Annual report of the Bengal Veterinary College and of the Civil Veterinary Department, Bengal, for the year 1915-16 - 1915-1916
Year: 1915
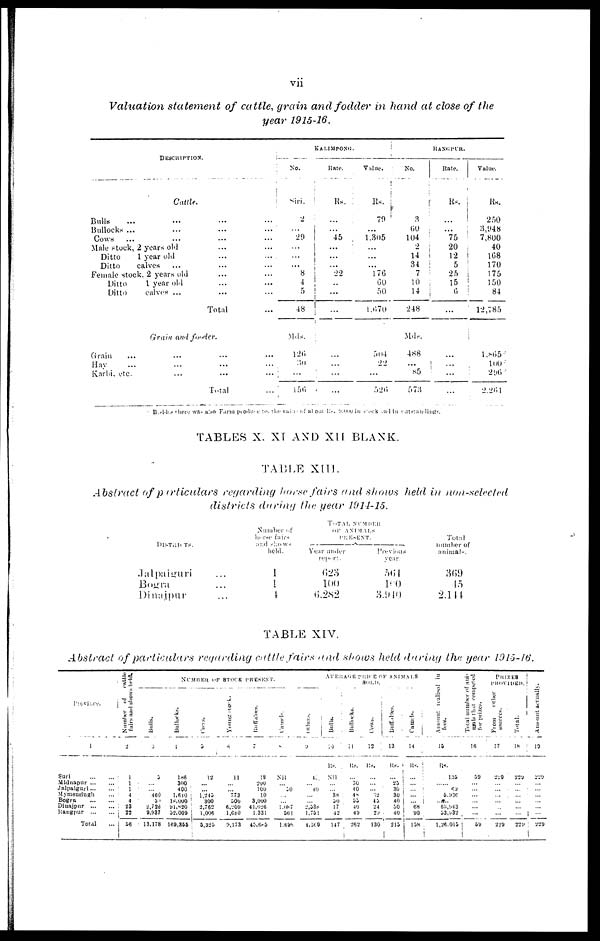
vii
Valuation statement of cattle, grain and fodder in hand at close of the
year 1915-16.
DESCRIPTION
Catlle.
Bulls ...
...
...
...
Bullocks ...
...
...
...
Cows ...
...
...
...
Male stock, 2 years old
...
...
Ditto
1 year old
...
...
Ditto
calves ...
...
...
Female stock. 2 years old
...
...
Ditto
1 year old
...
...
Ditto
calves ...
...
...
Total
...
Grain and fooder.
Grain ...
...
...
...
Hay ...
...
...
...
Karbi, etc.
...
...
...
Total
...
KALIMPONG.
No.
Siri.
2
...
29
...
...
...
8
4
5
48
Mds.
126
30
...
156
Rate.
Rs.
...
...
45
...
...
...
22
..
...
...
...
...
...
...
Value.
Rs.
79
...
1,305
...
...
...
176
60
50
1,670
504
22
...
526
RANGPUR.
No.
3
60
104
2
14
31
7
10
14
248
Mds.
488
...
85
573
Rate.
lis.
...
...
75
20
12
5
25
15
6
...
...
...
...
...
Value.
Rs.
250
3,948
7,800
40
168
170
175
150
84
12,785
1,865
100
296
2,261
Besides there was also Farm produce to, the value of al out Rs. 9,000 in stock and in eatstandings.
TABLES X. XT AND XII BLANK.
TABLE XIII.
Abstract of particulars regarding horse fairs and shows held in non-selected
districts during the year 1914-15.
DISTRICTS.
Jalpaiguri ...
Bogra ...
Dinajpur ...
Number of
horse fairs
and shows
held.
1
1
1
TOTAL NUMBER
OF ANIMALS
PRESENT.
Year under
report.
623
100
6,282
Previous
year.
564
100
3,940
Total
number of
animals.
369
45
2,144
TABLE XIV.
Abstract of particulars regarding cattle fairs and shows held during the year 1915-16.
Province.
1
Suri
...
...
Midnapur
...
...
Jalpaiguri ... ...
Mymensingh ...
Bogra
...
...
Diuajpnr
...
...
Rangpur
...
...
Total ...
Number
of cattle
fairs aad shows held.
2
1
1
1
4
4
23
22
56
NUMBER OF STOCK PRESENT.
Bulls.
3
5
...
... 460
5
2,726
9,937
13.178
Bullocks.
4
186
300
400
1,640
18,000
91,820
52,009
169,355
Cows.
5
12
...
...
1,245
300
2,762
1,006
5,325
Young stock.
6
11
...
... 773
500
6,209
1,680
9,173
Buffaines.
7
18
200
100
10
3,000
41,926
1,331
45,685
Camels.
8
Nil
... 50
...
... 1,087
561
1,698
Other
9
40
... 40
...
...
2,538
1,751
4,369
AVERAGE PRICE OF ANIMALS
SOLD.
Bulls.
10
Rs.
...
...
... 38
50
17
12
147
Bullocks.
11
Rs.
...
30
40
48
55
40
49
262
Cows.
12
Rs.
...
...
... 32
45
24
20
130
Buffaloes.
13
Rs.
...
25
30
30
40
50
40
215
Camels.
14
Rs.
...
...
...
... ...
68
90
158
Amount realised in
fees.
15
Rs.
135
...... 69
5,936
......
63,943
53,932
1,26.015
Total number of ani-
mals that competed
for prizes.
16
59
59
PRIZES
PROVIDED.
From
other
17
229
...
...
...
... ...
...
229
Total.
18
229
229
Amount actually.
19
229
...
...
...
...
...
...
229